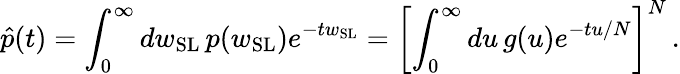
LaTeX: \hat{p}(t)=\int_{0}^{\infty}dw_{\mathrm{SL}}\, p(w_{\mathrm{SL}})e^{-tw_{\mathrm{SL}}}=\left[\int_{0}^{\infty}du\, g(u)e^{-tu/N}\right]^{N}\, .